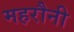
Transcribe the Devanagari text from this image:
महरौनी